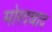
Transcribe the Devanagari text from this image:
मोरदबाद